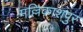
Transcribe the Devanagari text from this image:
मल्लिकाशपुर